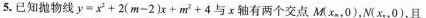
5.已知抛物线$$y = x ^ { 2 } + 2 ( m - 2 ) x + m ^ { 2 } + 4$$与x轴有两个交点M(x_{m}，0)，N(x_{n}，0)，且